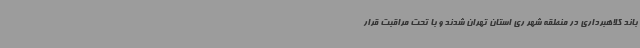
باند کلاهبرداری در منطقه شهر ری استان تهران شدند و با تحت مراقبت قرار